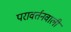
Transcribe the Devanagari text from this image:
परावर्तनवाली